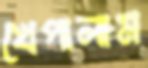
খেপালাম